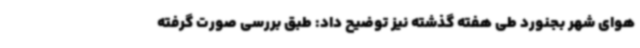
هوای شهر بجنورد طی هفته گذشته نیز توضیح داد: طبق بررسی صورت گرفته